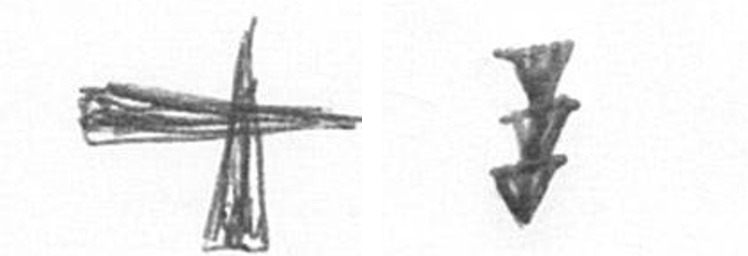
G E